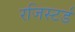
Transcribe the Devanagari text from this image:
रजिस्‍टर्ड